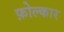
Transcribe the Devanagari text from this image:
फ़ोल्कार